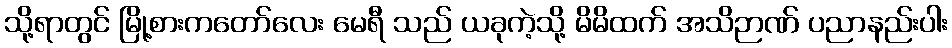
သို့ရာတွင် မြို့စားကတော်လေး မေရီ သည် ယခုကဲ့သို့ မိမိထက် အသိဉာဏ် ပညာနည်းပါး